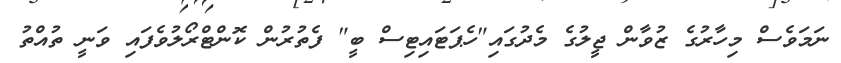
ނަމަވެސް މިހާރުގެ ޒުވާން ޖީލުގެ މެދުގައި"ހެޕަޓައިޓިސް ބީ" ފެތުރުން ކޮންޓްރޯލުވެފައި ވަނީ ތުއްތު